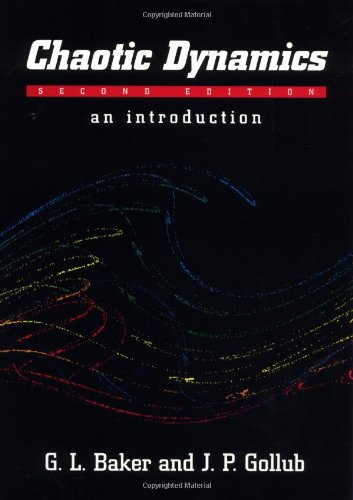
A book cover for Chaotic Dynamics: An Introduction; Gregory L. Baker; Science & Math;